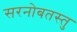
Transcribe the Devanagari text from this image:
सरनोबतस्तु